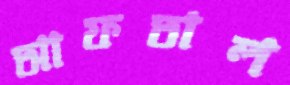
আফতাল